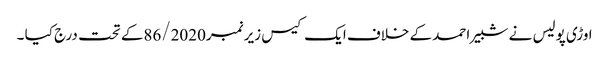
اوڑی پولیس نے شبیر احمد کے خلاف ایک کیس زیر نمبر86/2020کے تحت درج کیا ۔